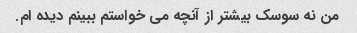
من نه سوسک بیشتر از آنچه می خواستم ببینم دیده ام.